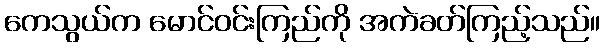
ကေသွယ်က မောင်ဝင်းကြည်ကို အကဲခတ်ကြည့်သည်။